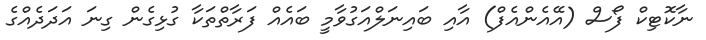
ނާކޮޓިކް ފޯސް (އޭއެންއެފް) އާއި ބައިނަލްއަގުވާމީ ބައެއް ފަރާތްތަކާ ގުޅިގެން ގިނަ އަދަދެއްގެ